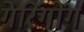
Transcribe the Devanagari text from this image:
गेरिंगोंग